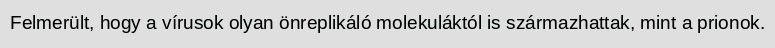
Felmerült, hogy a vírusok olyan önreplikáló molekuláktól is származhattak, mint a prionok.